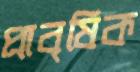
প্রাবৃষিক